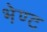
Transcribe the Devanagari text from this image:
भेण्ट